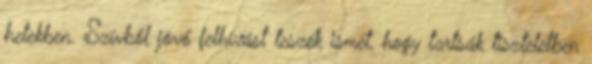
hetekben. Szívből jövő felhívást teszek ismét, hogy tartsák tiszteletben